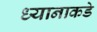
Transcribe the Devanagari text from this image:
ध्यानाकडे